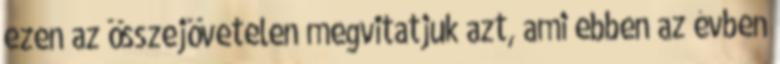
ezen az összejövetelen megvitatjuk azt, ami ebben az évben